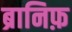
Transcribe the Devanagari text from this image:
ब्रानिफ़